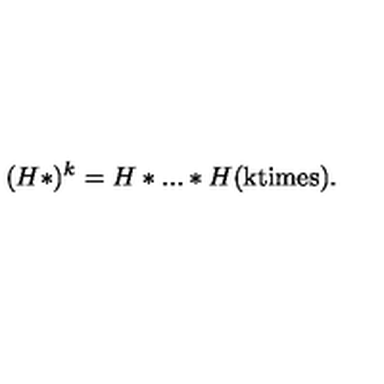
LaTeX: ( H * ) ^ { k } = H * . . . * H ( \mathrm { k t i m e s } ) .